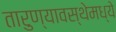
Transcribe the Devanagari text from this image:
तारुण्यावस्थेमध्ये